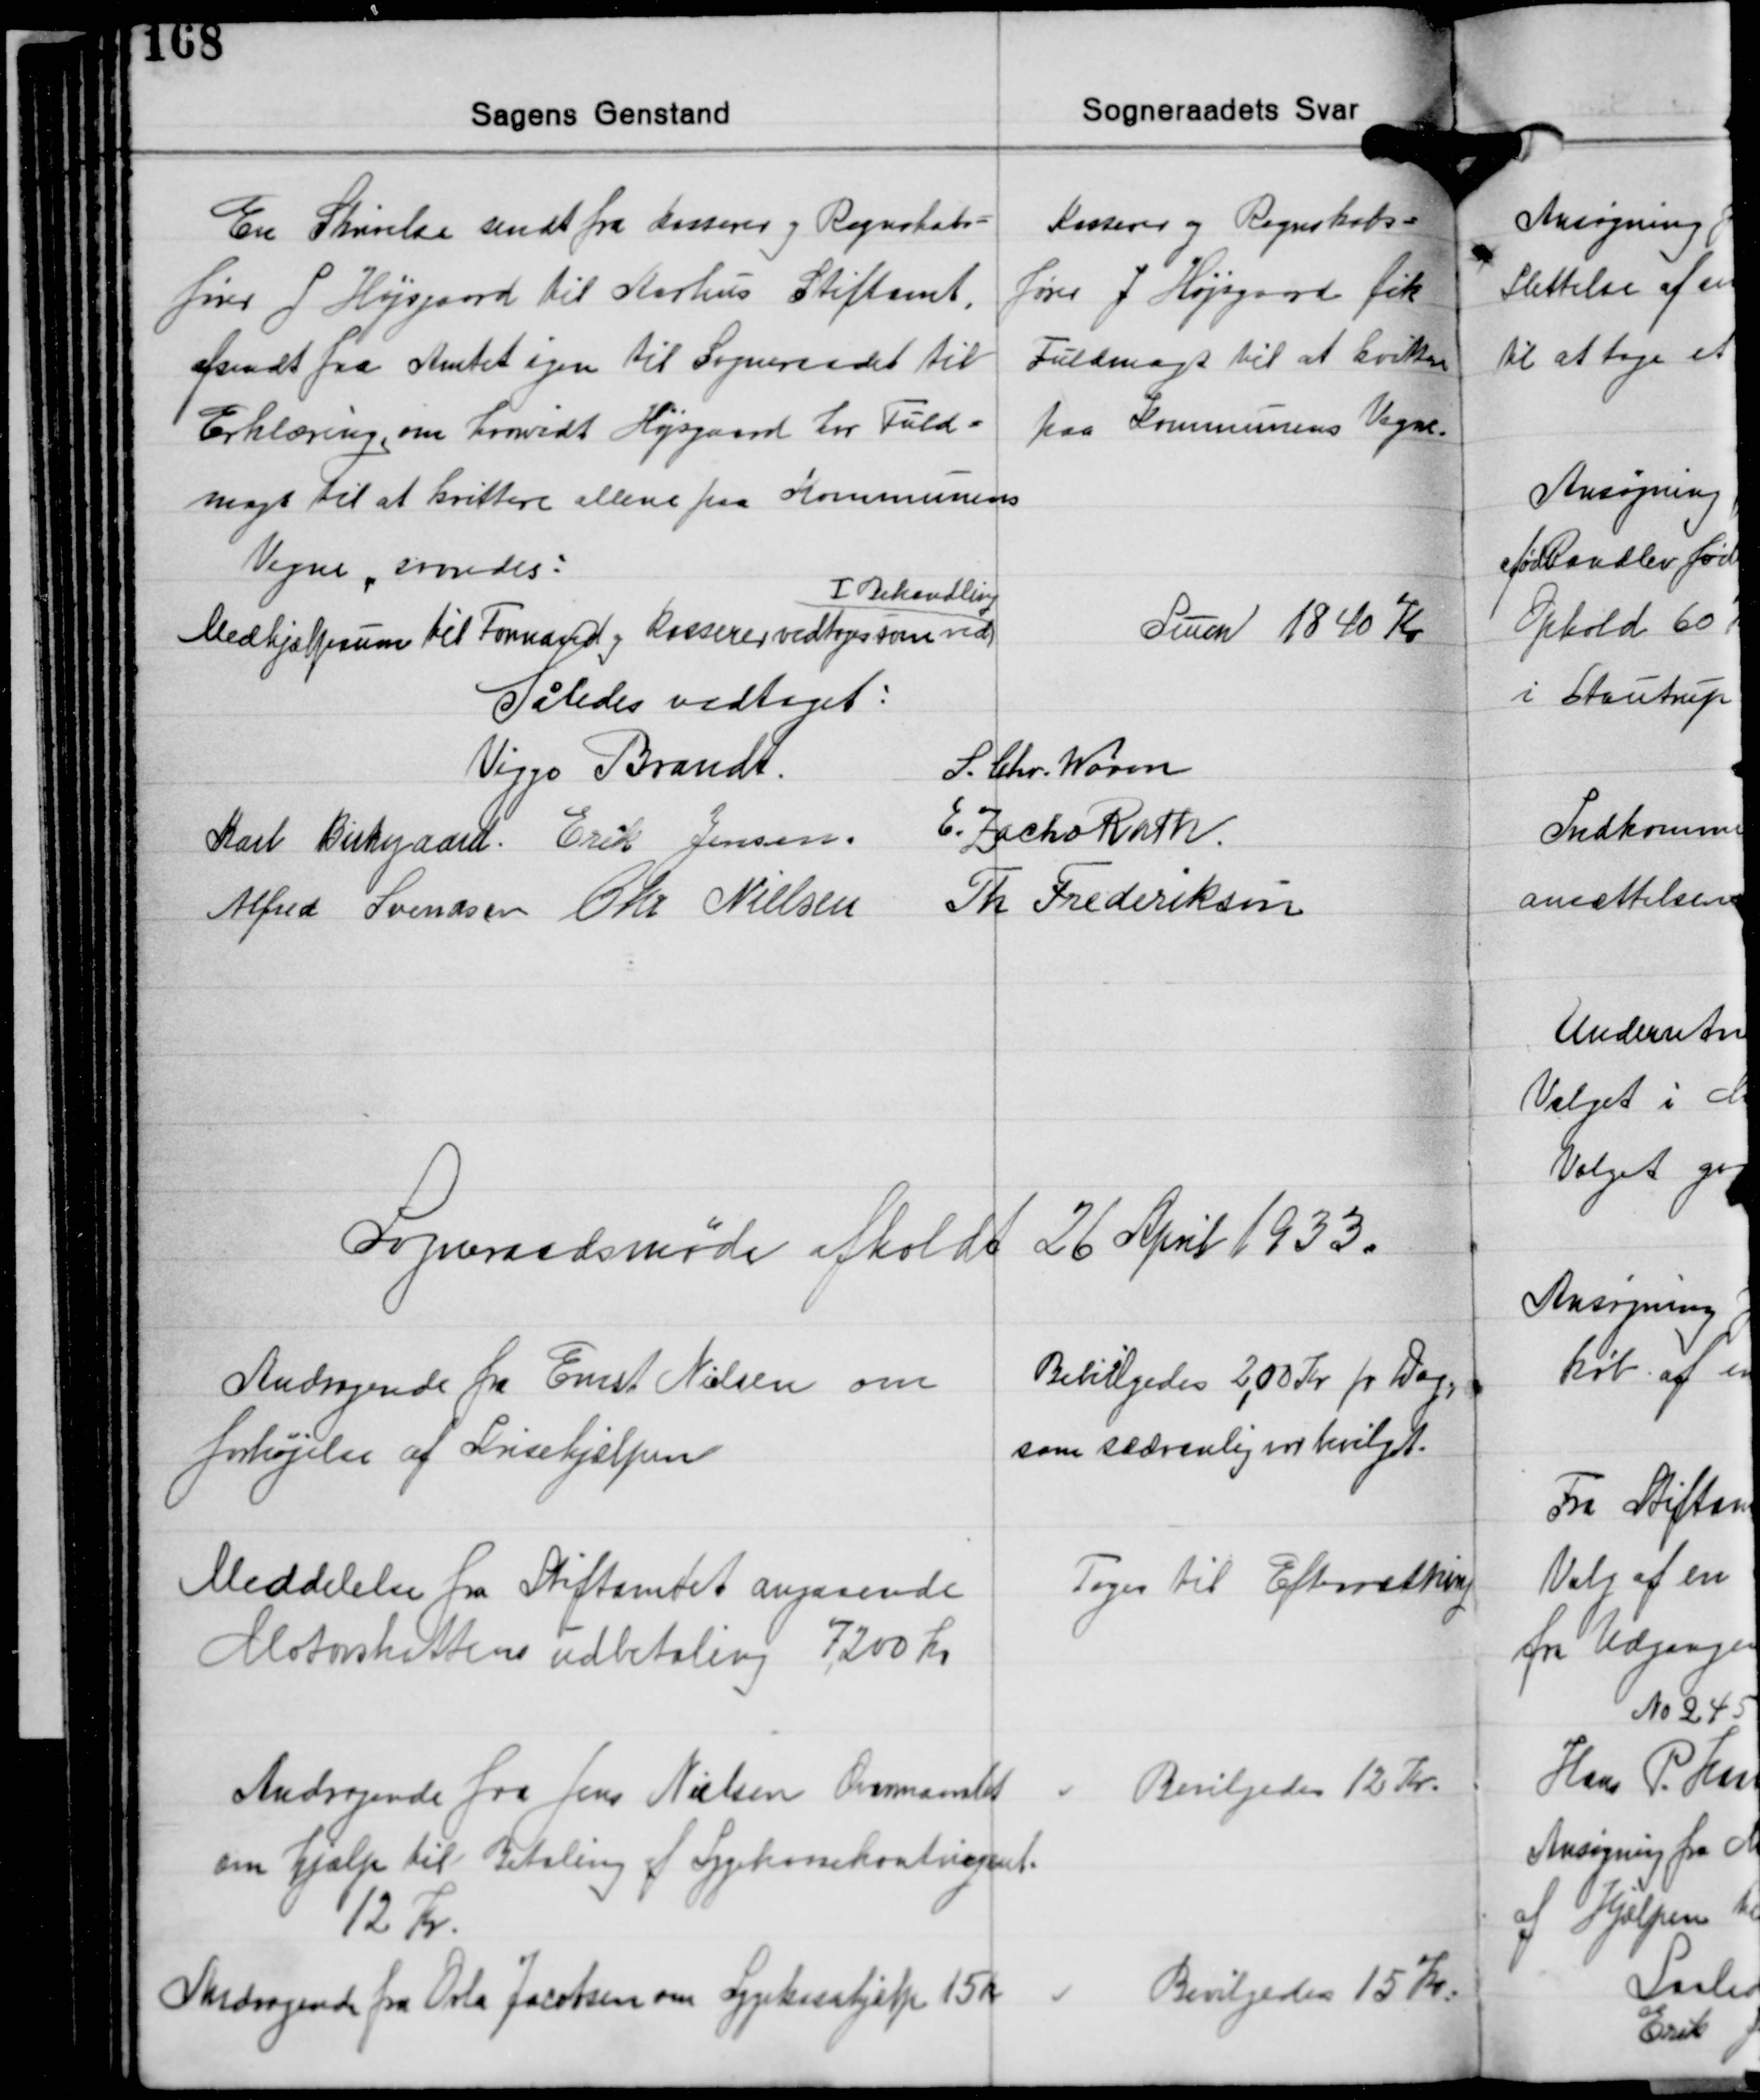
Transskription:
En Skrivelse sendt fra kasserer og Regnskabs-
fører J. Højsgaard til Aarhus Stiftamt,
afsendt fra Amtet igen til Sogneraadet til
Erklæring, om hvorvidt Højsgaard har Fuld-
magt til at kvittere allene paa Kommunens
Vegne svaredes:
I Behandling
Medhjælpsum til Formand og kasserer vedtoges som ved

Kasserer og Regnskabs-
fører J. Højsgaard fik
Fuldmagt til at kvittere
paa Kommunens Vegne.

Sum 1840 Kr.

Således vedtaget:
S. Chr. Worm
Viggo Brandt
E. Zacho Rath
Karl Birkegaard Erik Jensen
Th. Frederiksen
Alfred Svendsen Chr. Nielsen

Sogneraadsmøde afholdt 26 April 1933.

Andragende fra Ernst Nielsen om
forhøjelse af Krisehjælpen

Bevilgedes 2,00 Kr. pr. Dag,
som sædvanlig var bevilget.

Meddelelse fra Stiftamtet angaaende
Motorskattens udbetaling 7.200 Kr.

Toges til Efterretting

Andragende fra Jens Nielsen Overmaarslet
om hjælp til Betaling af Sygekassekontingent.
12 Kr.

Bevilgedes 12 Kr.

Andragende fra Orla Jacobsen om Sygekassehjælp 15 Kr.

Bevilgedes 15 Kr.